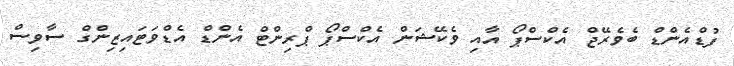
ފުޑްއެންޑް ބެވެރޭޖް އެކްސްޕޯ އާއި ވެކޭޝަން އެކްސްޕޯ ޕްރިންޓް އެންޑް އެޑްވަޓައިޒިންގް ސާވިސް